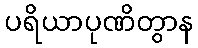
ပရိယာပုဏိတွာန